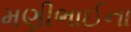
મણીભાઈના